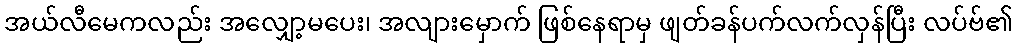
အယ်လီမေကလည်း အလျှော့မပေး၊ အလျားမှောက် ဖြစ်နေရာမှ ဖျတ်ခန်ပက်လက်လှန်ပြီး လပ်ဗ်၏